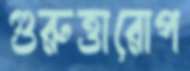
গুরুত্তারোপ